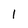
Character: 1